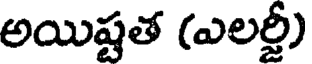
అయిష్టత (ఎలర్జీ)